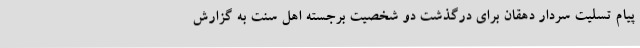
پیام تسلیت سردار دهقان برای درگذشت دو شخصیت برجسته اهل سنت به گزارش